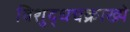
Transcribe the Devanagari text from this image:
विशुद्धचक्राख्ये